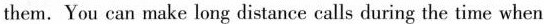
them. You can make long distance calls during the time when